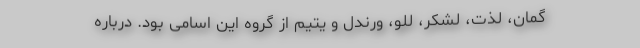
گمان، لذت، لشکر، للو، ورندل و یتیم از گروه این اسامی بود. درباره